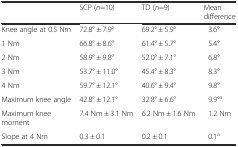
<table><thead><tr><td></td><td><b>SCP (<i>n</i>=10)</b></td><td><b>TD (<i>n</i>=9)</b></td><td><b>Mean difference</b></td></tr></thead><tbody><tr><td>Knee angle at 0.5 Nm</td><td>72.8° ± 7.9°</td><td>69.2° ± 5.9°</td><td>3.6°</td></tr><tr><td>1 Nm</td><td>66.8° ± 8.6°</td><td>61.4° ± 5.7°</td><td>5.4°</td></tr><tr><td>2 Nm</td><td>58.9° ± 9.8°</td><td>52.0° ± 7.1°</td><td>6.8°</td></tr><tr><td>3 Nm</td><td>53.7° ± 11.0°</td><td>45.4° ± 8.3°</td><td>8.3°</td></tr><tr><td>4 Nm</td><td>59.7° ± 12.1°</td><td>40.6° ± 9.4°</td><td>9.8°</td></tr><tr><td>Maximum knee angle</td><td>42.8° ± 12.1°</td><td>32.8° ± 6.6°</td><td>9.9°<sup>a</sup></td></tr><tr><td>Maximum knee moment</td><td>7.4 Nm ± 3.1 Nm</td><td>6.2 Nm ± 1.6 Nm</td><td>1.2 Nm</td></tr><tr><td>Slope at 4 Nm</td><td>0.3 ± 0.1</td><td>0.2 ± 0.1</td><td>0.1<sup>a</sup></td></tr></tbody></table>